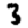
Digit: 3